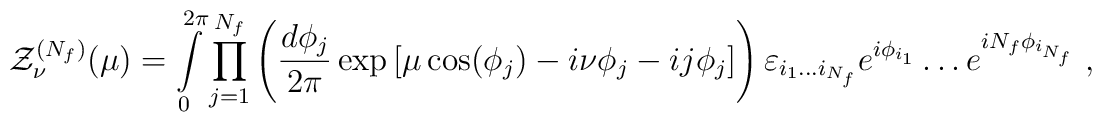
{\cal Z}^{(N_f)}_\nu(\mu)=\int\limits_0^{2\pi}\prod_{j=1}^{N_f} \left(\frac{d\phi_j}{2\pi}\exp\left[\mu\cos(\phi_j)-i\nu\phi_j-ij\phi_j \right]\right)\varepsilon_{i_1\ldots i_{N_f}} e^{i\phi_{i_1}}\ldots e^{iN_f\phi_{i_{N_f}}}\;,